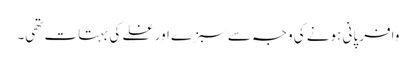
وافر پانی ہونے کی وجہ سے سبزے اور غلے کی بہتات تھی۔